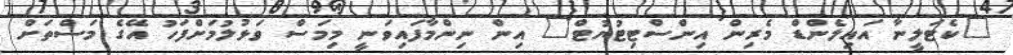
"ކެޓަލީނާ އައިލެންޑް މެރިން އިންސްޓިޓުޔުޓް" އިން ނިންމާފައިވަނީ މިމަސް ވަޅުލުމަށްފަހު އޭގެ މަސްތަށް